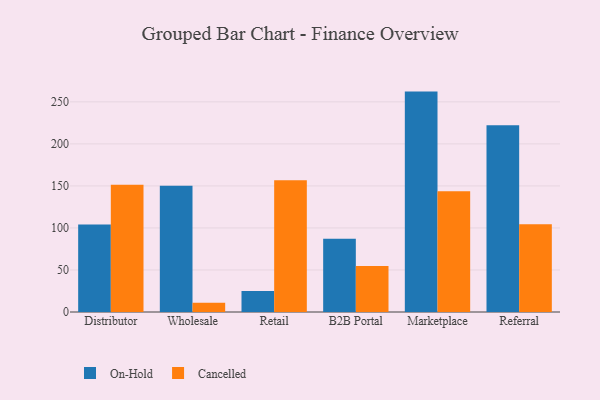
{"axis": {"x": "Channel", "y": "Shipments"}, "legend": ["Cancelled", "On-Hold"], "data": [{"x": "Distributor", "y": 104.2, "type": "On-Hold"}, {"x": "Distributor", "y": 151.4, "type": "Cancelled"}, {"x": "Wholesale", "y": 150.3, "type": "On-Hold"}, {"x": "Wholesale", "y": 11.1, "type": "Cancelled"}, {"x": "Retail", "y": 25.0, "type": "On-Hold"}, {"x": "Retail", "y": 156.8, "type": "Cancelled"}, {"x": "B2B Portal", "y": 87.0, "type": "On-Hold"}, {"x": "B2B Portal", "y": 54.7, "type": "Cancelled"}, {"x": "Marketplace", "y": 262.2, "type": "On-Hold"}, {"x": "Marketplace", "y": 143.6, "type": "Cancelled"}, {"x": "Referral", "y": 222.3, "type": "On-Hold"}, {"x": "Referral", "y": 104.3, "type": "Cancelled"}]}